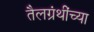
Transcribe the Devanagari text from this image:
तैलग्रंथींच्या